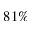
8 1 \%